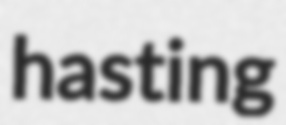
hasting